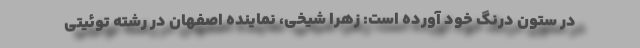
در ستون درنگ خود آورده است: زهرا شیخی، نماینده اصفهان در رشته توئیتی